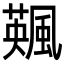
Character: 𩘕